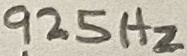
Text: 925Hz